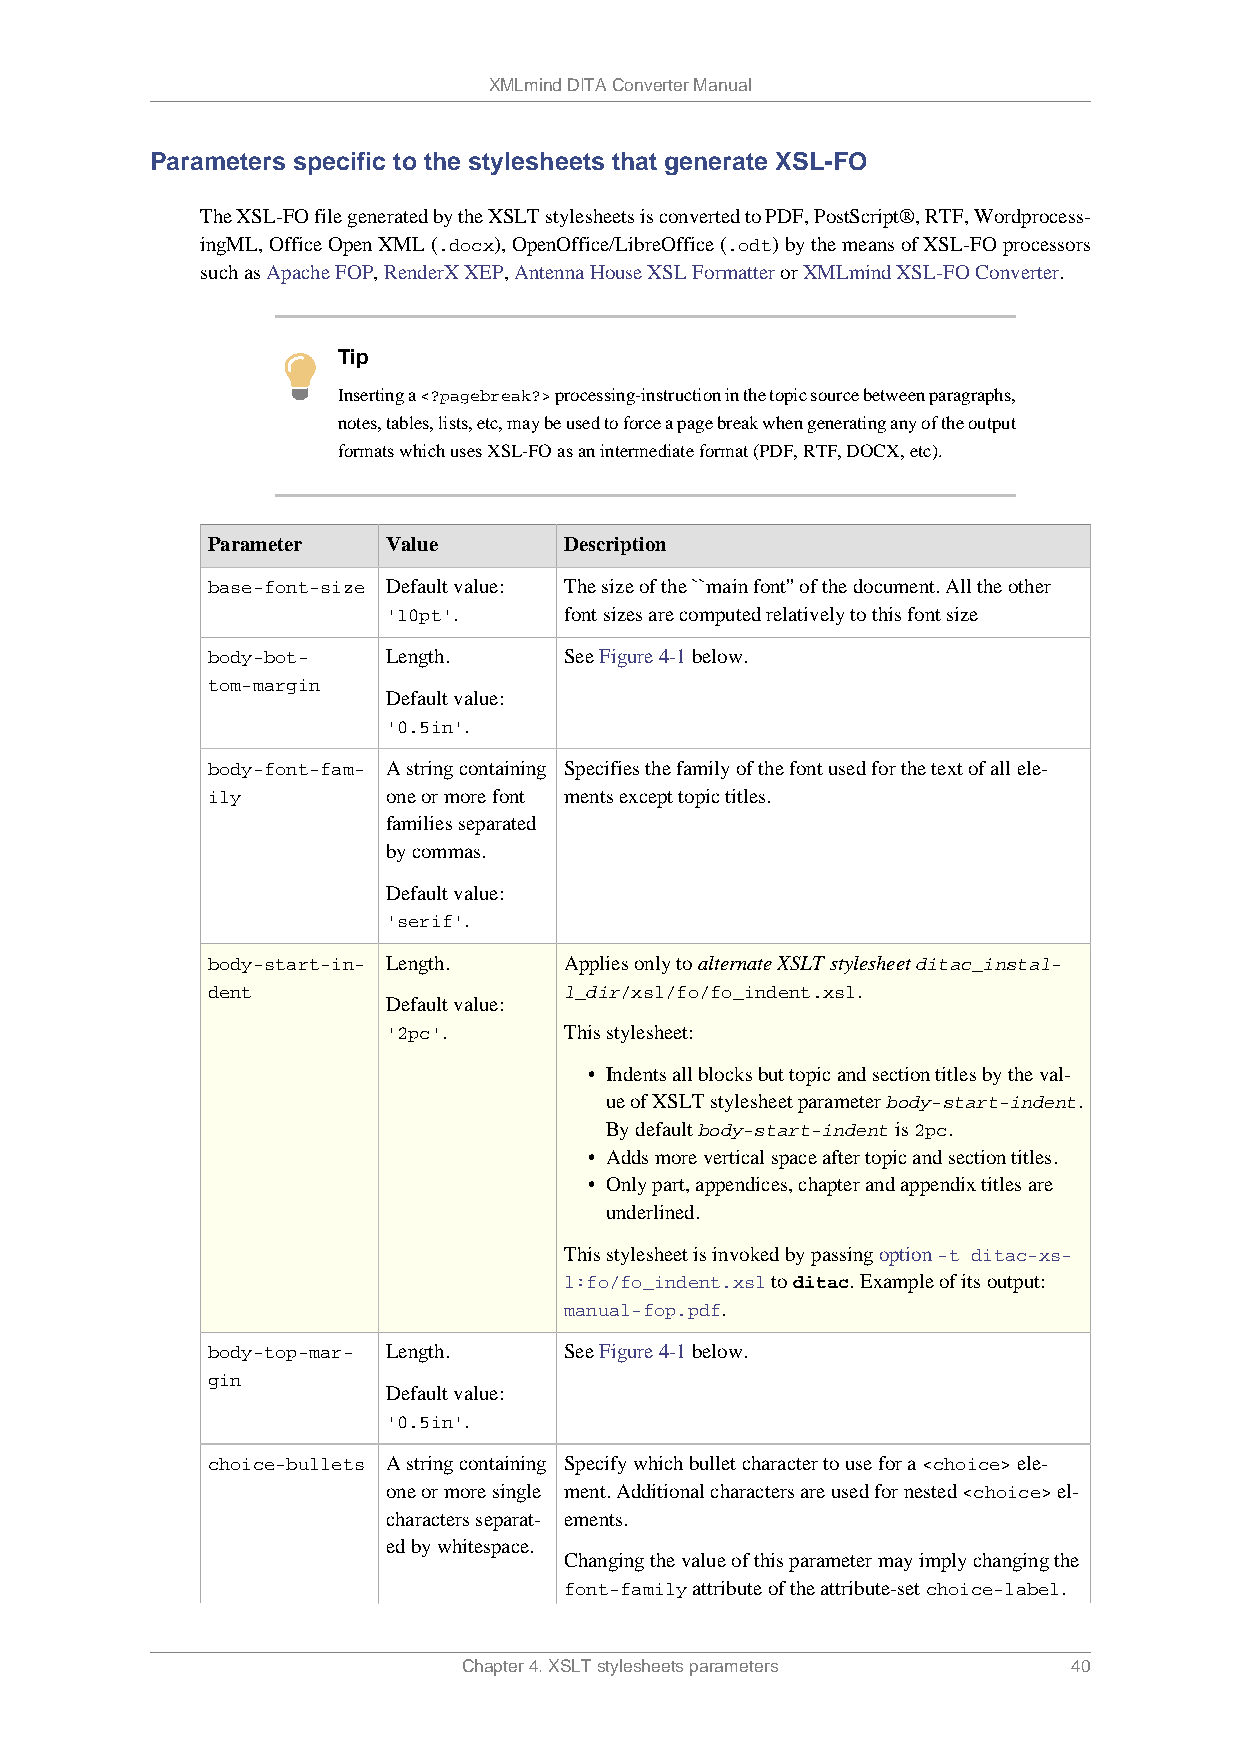
XMLmind DITA Converter Manual
 Parameters specific to the stylesheets that generate XSL-FO
 The XSL-FO file generated by the XSLT stylesheets is converted to PDF, PostScript®, RTF, Wordprocess-
 ingML, Office Open XML (.docx), OpenOffice/LibreOffice (.odt) by the means of XSL-FO processors
 such as Apache FOP, RenderX XEP, Antenna House XSL Formatter or XMLmind XSL-FO Converter.
 Tip
 Inserting a <?pagebreak?> processing-instruction in the topic source between paragraphs,
 notes, tables, lists, etc, may be used to force a page break when generating any of the output
 formats which uses XSL-FO as an intermediate format (PDF, RTF, DOCX, etc).
 Parameter   Value      Description
 base-font-size Default value: The size of the ``main font'' of the document. All the other
 '10pt'.    font sizes are computed relatively to this font size
 body-bot-   Length.    See Figure 4-1 below.
 tom-margin
 Default value:
 '0.5in'.
 body-font-fam- A string containing Specifies the family of the font used for the text of all ele-
 ily         one or more font ments except topic titles.
 families separated
 by commas.
 Default value:
 'serif'.
 body-start-in- Length. Applies only to alternate XSLT stylesheet ditac_instal-
 dent                   l_dir/xsl/fo/fo_indent.xsl.
 Default value:
 '2pc'.     This stylesheet:
 • Indents all blocks but topic and section titles by the val-
 ue of XSLT stylesheet parameter body-start-indent.
 By default body-start-indent is 2pc.
 • Adds more vertical space after topic and section titles.
 • Only part, appendices, chapter and appendix titles are
 underlined.
 This stylesheet is invoked by passing option -t ditac-xs-
 l:fo/fo_indent.xsl to ditac. Example of its output:
 manual-fop.pdf.
 body-top-mar- Length.  See Figure 4-1 below.
 gin
 Default value:
 '0.5in'.
 choice-bullets A string containing Specify which bullet character to use for a <choice> ele-
 one or more single ment. Additional characters are used for nested <choice> el-
 characters separat- ements.
 ed by whitespace.
 Changing the value of this parameter may imply changing the
 font-family attribute of the attribute-set choice-label.
 Chapter 4. XSLT stylesheets parameters  40